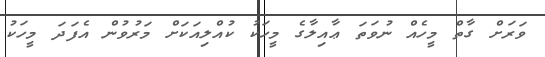
ވަރަށް ގާތް މީހެއް ނުވަތަ ޢާއިލާގެ މީހަކު ކުއްލިއަކަށް މަރުވުން އެފަދަ މީހަކު